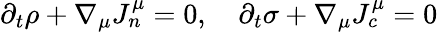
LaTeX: \begin{array}{r}{\partial_{t}\rho+\nabla_{\mu}J_{n}^{\mu}=0,\quad\partial_{t}\sigma+\nabla_{\mu}J_{c}^{\mu}=0}\end{array}